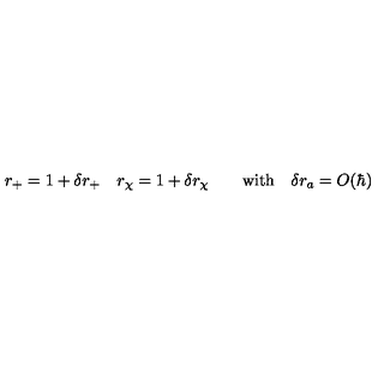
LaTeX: r _ { + } = 1 + \delta r _ { + } \quad r _ { \chi } = 1 + \delta r _ { \chi } \qquad \mathrm { w i t h } \quad \delta r _ { a } = O ( \hbar )